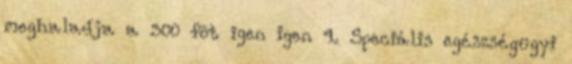
meghaladja a 300 fõt igen igen 4. Speciális egészségügyi